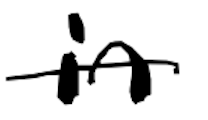
Text: in
Cross-out: mix
Writing tool: digital_black